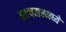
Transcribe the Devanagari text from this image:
हडपसरमध्ये